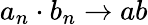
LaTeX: a_{n}\cdot b_{n}\to ab